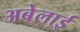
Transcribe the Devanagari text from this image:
अबेलाई